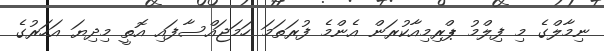
ނިމާލްގެ މި ފިލްމު ޕްރިމިއާކުރަން އެންމެ ފުރަތަމަ ހަމަޖައްސާފައި އޮތީ މިދިޔަ އަހަރުގެ